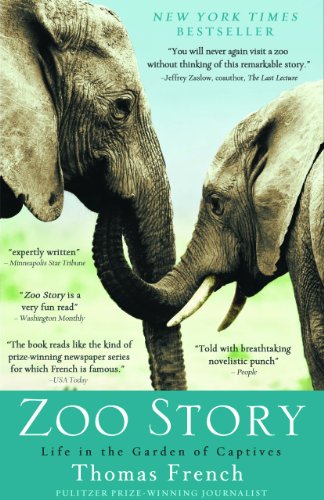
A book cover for Zoo Story: Life in the Garden of Captives; Thomas French; Science & Math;